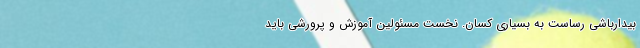
بیدارباشی رساست به بسیاری کسان. نخست مسئولین آموزش و پرورشی باید